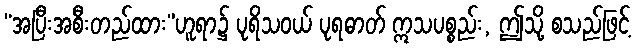
“အပြီးအစီးတည်ထား”ဟူရာ၌ ပုရိသဝယ် ပုရဓာတ် ဣသပစ္စည်း, ဤသို့ စသည်ဖြင့်